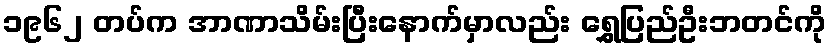
၁၉၆၂ တပ်က အာဏာသိမ်းပြီးနောက်မှာလည်း ရွှေပြည်ဦးဘတင်ကို